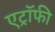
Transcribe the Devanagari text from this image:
एट्रॉफी